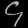
Digit: ၄